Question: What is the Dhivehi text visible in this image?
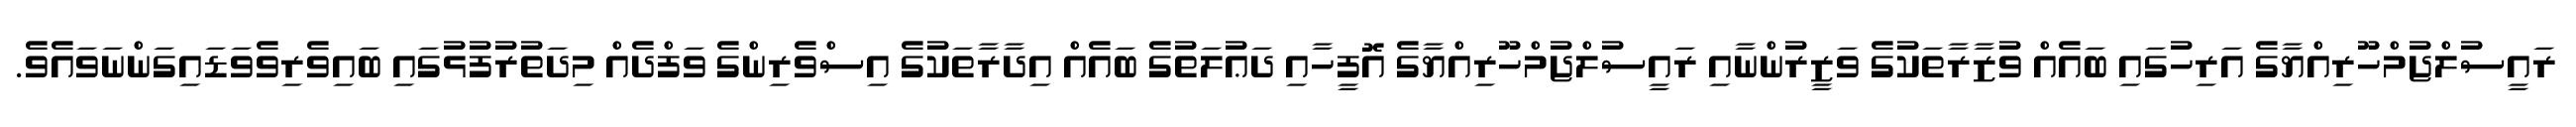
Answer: ރައީސުލްޖުމްހޫރިއްޔާގެ އަރިހުގައި ބައެއް ވުޒާރާތަކުގެ ވަޒީރުންނާއި ރައީސުލްޖުމްހޫރިއްޔާގެ އޮފީހާއި ދަޢުލަތުގެ ބައެއް އިދާރާތަކުގެ އިސްވެރިންގެ ވަފްދެއް މިދަތުރުފުޅުގައި ބައިވެރިވެވަޑައިގަންނަވައެވެ.